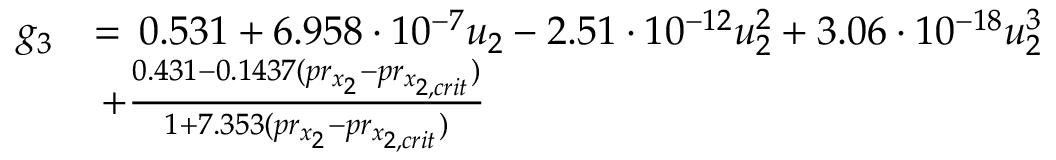
\begin{array} { r l } { g _ { 3 } } & { = \, 0 . 5 3 1 + 6 . 9 5 8 \cdot 1 0 ^ { - 7 } u _ { 2 } - 2 . 5 1 \cdot 1 0 ^ { - 1 2 } u _ { 2 } ^ { 2 } + 3 . 0 6 \cdot 1 0 ^ { - 1 8 } u _ { 2 } ^ { 3 } } \\ & { \, + \frac { 0 . 4 3 1 - 0 . 1 4 3 7 ( p r _ { x _ { 2 } } - p r _ { x _ { 2 , c r i t } } ) } { 1 + 7 . 3 5 3 ( p r _ { x _ { 2 } } - p r _ { x _ { 2 , c r i t } } ) } } \end{array}